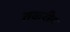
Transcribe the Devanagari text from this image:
तकरीब